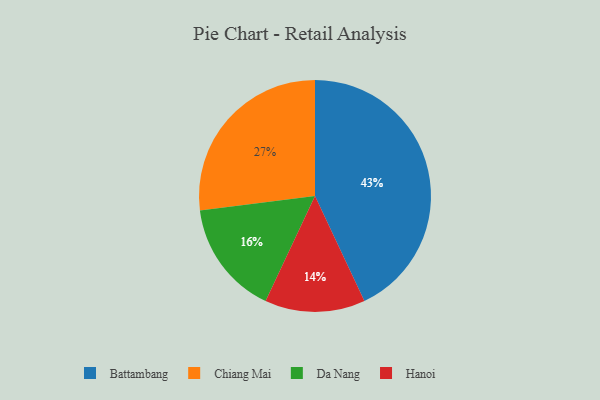
{"axis": {"x": "Category", "y": "Percentage"}, "legend": ["Battambang", "Chiang Mai", "Da Nang", "Hanoi"], "data": [{"x": "Da Nang", "y": 16, "type": "Da Nang"}, {"x": "Battambang", "y": 43, "type": "Battambang"}, {"x": "Hanoi", "y": 14, "type": "Hanoi"}, {"x": "Chiang Mai", "y": 27, "type": "Chiang Mai"}]}